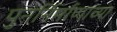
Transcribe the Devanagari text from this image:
पुनर्निर्माणाच्या